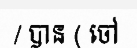
/ បាន ( ចៅ